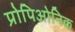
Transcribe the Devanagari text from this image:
प्रोपिओनिक